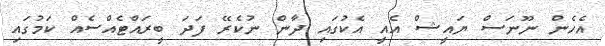
އެހެން ނޫނަސް ޔައީޝް އެއީ އެކުގައި ދާން ނުކެރޭ ފަދަ ބީރައްޓެއްސެއް ކަމުގައި